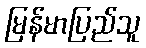
မြန်မာပြည်သူ